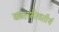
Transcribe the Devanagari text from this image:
कालभैरवतीर्थ